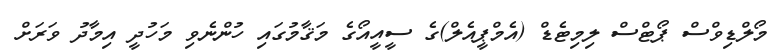
މޯލްޑިވްސް ޕޯޓްސް ލިމިޓެޑް (އެމްޕީއެލް)ގެ ސީއީއޯގެ މަޤާމުގައި ހުންނެވި މަހުދީ އިމާދު ވަރަށް